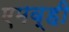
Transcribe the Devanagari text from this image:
एमव्ही